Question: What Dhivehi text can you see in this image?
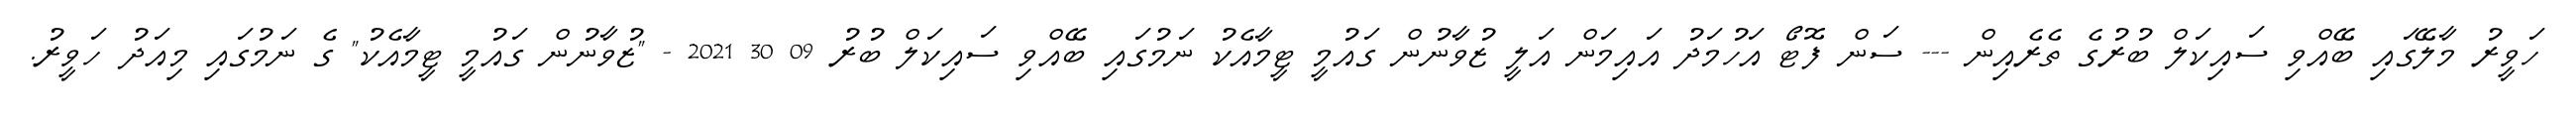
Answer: ހަވީރު މާލޭގައި ބޭއްވި ސައިކަލް ބުރުގެ ތެރެއިން --- ސަން ފޮޓޯ އަހުމަދު އައިމަން އަލީ ޒުވާނުން ގައުމީ ޓީމާއެކު ނަމުގައި ބޭއްވި ސައިކަލް ބުރު 09 30 2021 - "ޒުވާނުން ގައުމީ ޓީމާއެކު" ގެ ނަމުގައި މިއަދު ހަވީރު.